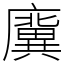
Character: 𢋸